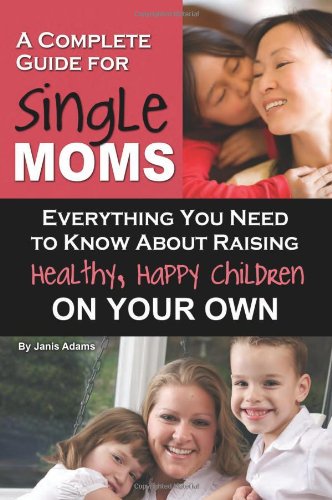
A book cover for A Complete Guide for Single Moms: Everything You Need to Know About Raising Healthy, Happy Children on Your Own; Janis Adams; Parenting & Relationships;